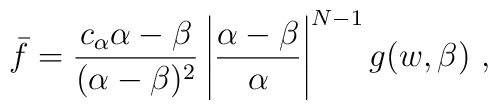
\bar f=\frac{c_\alpha \alpha -\beta }{(\alpha -\beta )^2}\left| \frac{\alpha -\beta }{\alpha }\right| ^{N-1}g(w,\beta ) \ ,